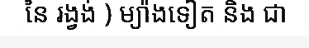
នៃ រង្វង់ ) ម្យ៉ាងទៀត និង ជា